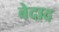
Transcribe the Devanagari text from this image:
बेदाद